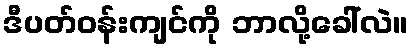
ဒီပတ်ဝန်းကျင်ကို ဘာလို့ခေါ်လဲ။